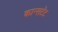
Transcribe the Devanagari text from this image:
कान्सटेंट